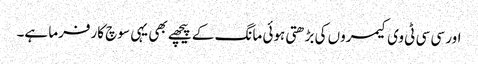
اور سی سی ٹی وی کیمروں کی بڑھتی ہوئی مانگ کے پیچھے بھی یہی سوچ کارفرما ہے۔